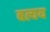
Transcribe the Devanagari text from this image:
बत्यय